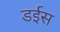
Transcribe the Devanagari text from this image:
डईस